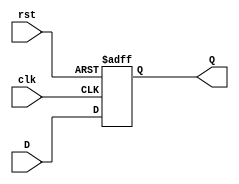
module fourbit_reg(D, clk, rst, Q);
	input[3:0] D; 
	input clk,rst;
	output reg[3:0] Q; 

always @ (posedge clk or posedge rst) begin
	if (rst == 1'b1)
		Q <= 4'b0000; 
	else
		Q <= D; 
end 
endmodule